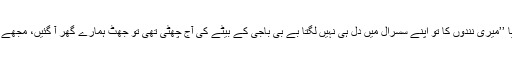
ماہا نے جواباً بہت ہی فاتحانہ انداز میں ان کی طرف دیکھتے ہوئے بتایا ’’میری نندوں کا تو اپنے سسرال میں دل ہی نہیں لگتا بے بی باجی کے بیٹے کی آج چھٹی تھی تو جھٹ ہمارے گھر آ گئیں، مجھے تو ایسی آگ لگی بغیر کسی سے کچھ کہے رکشہ پکڑا اور ادھر آ گئی ۔